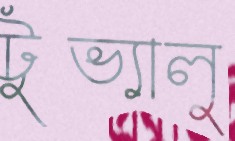
টুভ্যালু